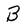
Character: B